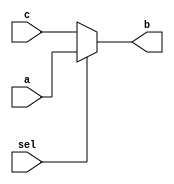
module three_b ( a,c,sel,b);
output b;
input a;
input c;
input sel;
assign b = sel ? a:c;
endmodule